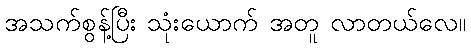
အသက်စွန့်ပြီး သုံးယောက် အတူ လာတယ်လေ။